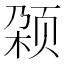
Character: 𬱡